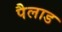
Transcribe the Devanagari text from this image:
पैलाड